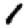
Digit: 1